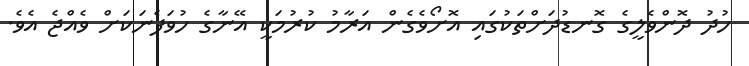
ހުދު ދޮންވެލީގެ ގޮނޑުދަށްތަކުގައި އޮށޯވެގެން އަރާމު ކުރުމަކީ އޭނާގެ ހުވަފެނަކަށް ވެއްޖެ އެވެ.